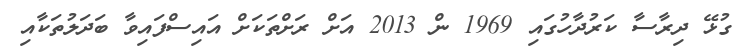
ގުޅޭ ދިރާސާ ކަރުދާހުގައި 1969 ން 2013 އަށް ރަށްތަކަށް އައިސްފައިވާ ބަދަލުތަކާއި